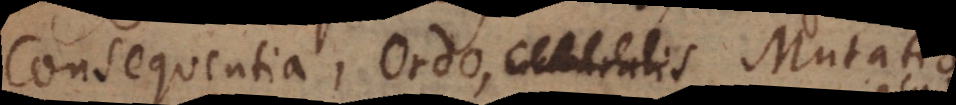
Consequentia, Ordo, naturalis Mutatio.